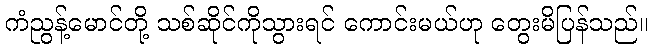
ကံညွန့်မောင်တို့ သစ်ဆိုင်ကိုသွားရင် ကောင်းမယ်ဟု တွေးမိပြန်သည်။